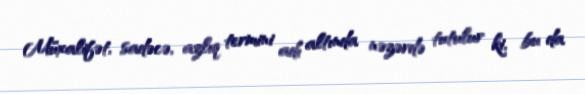
Müxalifət, sadəcə, azlıq termini adı altında nəzərdə tutulur ki, bu da